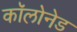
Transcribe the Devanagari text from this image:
कॉलोनेड